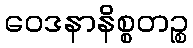
ဝေဒနာနိစ္စတဉ္စ